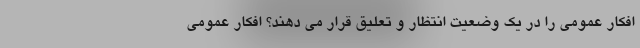
افکار عمومی را در یک وضعیت انتظار و تعلیق قرار می دهند؟ افکار عمومی